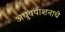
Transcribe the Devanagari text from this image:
अधुवयाशनाचे